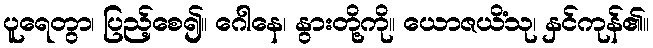
ပူရေတွာ၊ ပြည့်စေ၍။ ဂေါနေ၊ နွားတို့ကို။ ယောဇယိံသု၊ နှင်ကုန်၏။